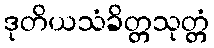
ဒုတိယသံခိတ္တသုတ္တံ